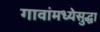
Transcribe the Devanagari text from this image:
गावांमध्येसुद्धा